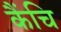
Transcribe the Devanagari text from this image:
कैंचि